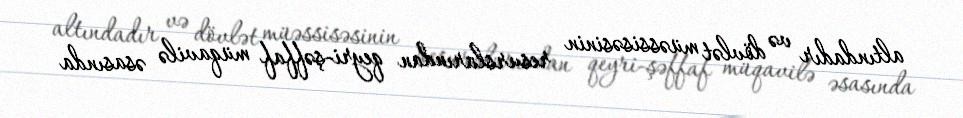
altındadır və dövlət müəssisəsinin resurslarından qeyri-şəffaf müqavilə əsasında